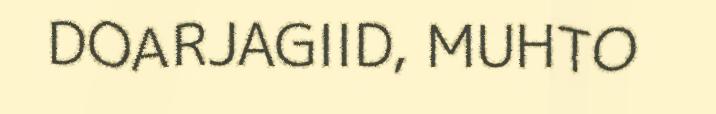
DOARJAGIID, MUHTO